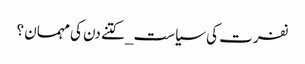
نفرت کی سیاست_ کتنے دن کی مہمان ؟